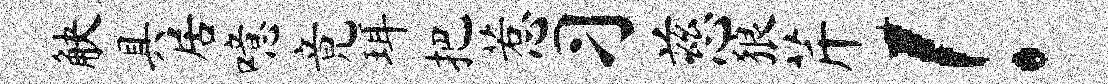
觖具居噫竟珥把惹习慈狼芹！